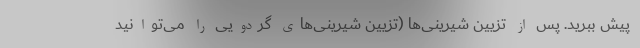
پیش ببرید. پس از تزیین شیرینی‌ها (تزیین شیرینی‌های گردویی را می‌توانید